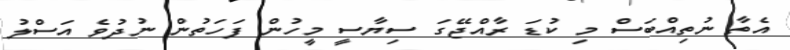
އެތާ ނުތިއްބަސް މި ކުޑަ ރާއްޖޭގަ ސިޔާސީ މީހުން ފަހަތުން ނުދުވެ އަސްލު